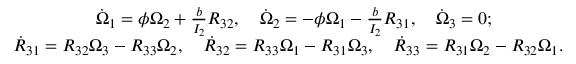
\begin{array} { r } { \dot { \Omega } _ { 1 } = \phi \Omega _ { 2 } + \frac { b } { I _ { 2 } } R _ { 3 2 } , \quad \dot { \Omega } _ { 2 } = - \phi \Omega _ { 1 } - \frac { b } { I _ { 2 } } R _ { 3 1 } , \quad \dot { \Omega } _ { 3 } = 0 ; \qquad \qquad } \\ { \dot { R } _ { 3 1 } = R _ { 3 2 } \Omega _ { 3 } - R _ { 3 3 } \Omega _ { 2 } , \quad \dot { R } _ { 3 2 } = R _ { 3 3 } \Omega _ { 1 } - R _ { 3 1 } \Omega _ { 3 } , \quad \dot { R } _ { 3 3 } = R _ { 3 1 } \Omega _ { 2 } - R _ { 3 2 } \Omega _ { 1 } . } \end{array}